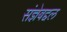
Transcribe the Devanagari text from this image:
संज्ञेबद्दल